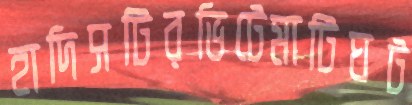
হাদিসটিরভিটেমাটিঘট